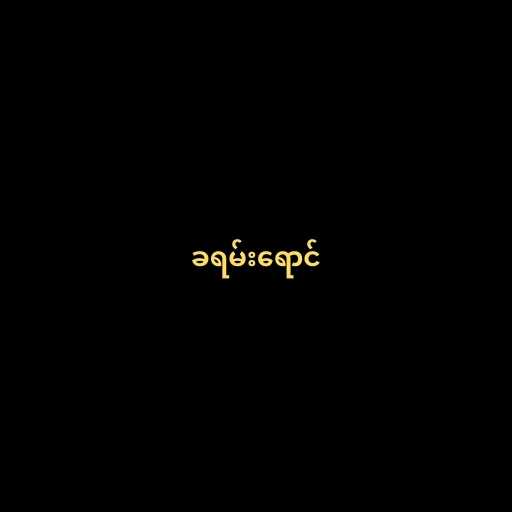
ခရမ်းရောင်